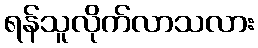
ရန်သူလိုက်လာသလား